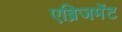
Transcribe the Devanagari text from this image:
एब्रिजमेंट